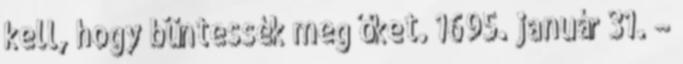
kell, hogy büntessék meg őket. 1695. január 31. –